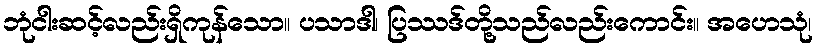
ဘုံငါးဆင့်လည်းရှိကုန်သော။ ပသာဒါ၊ ပြဿဒ်တို့သည်လည်းကောင်း။ အဟေသုံ၊